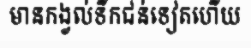
មានកង្វល់ទឹកជន់ទៀតហើយ